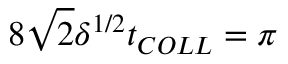
8 \sqrt { 2 } \delta ^ { 1 / 2 } t _ { C O L L } = \pi